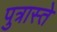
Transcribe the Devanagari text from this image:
पुत्रास्ते